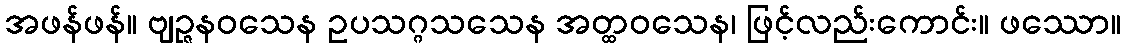
အဖန်ဖန်။ ဗျဉ္ဇနဝသေန ဥပသဂ္ဂသသေန အတ္ထဝသေန၊ ဖြင့်လည်းကောင်း။ ဖဿော။